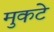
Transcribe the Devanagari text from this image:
मुकटे